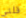
قلتي